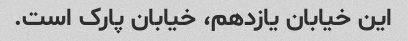
این خیابان یازدهم، خیابان پارک است.